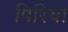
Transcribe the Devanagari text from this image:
पिरिया